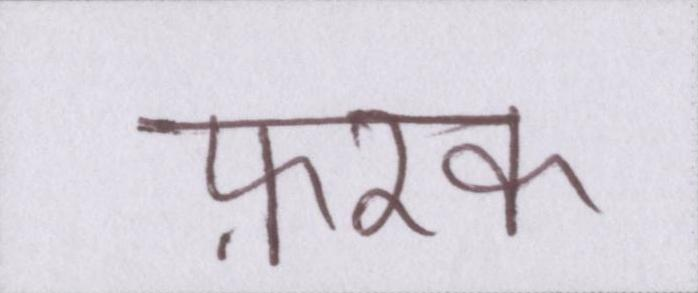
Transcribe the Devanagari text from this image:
फ़रक